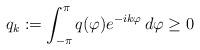
LaTeX: \begin{align*} q_k:=\int_{-\pi}^\pi q(\varphi)e^{-ik\varphi}\,d\varphi\geq 0\end{align*}